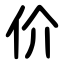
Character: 价